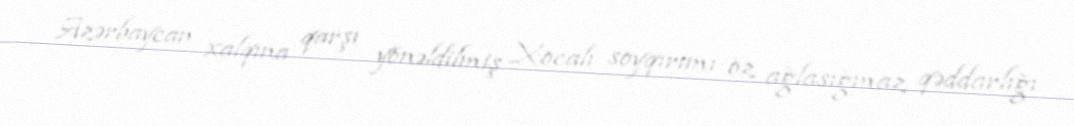
Azərbaycan xalqına qarşı yönəldilmiş Xocalı soyqırımı öz ağlasığmaz qəddarlığı